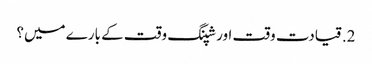
2. قیادت وقت اور شپنگ وقت کے بارے میں؟